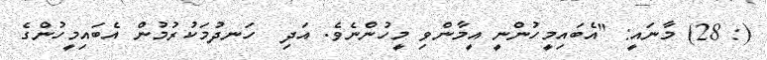
(: 28) މާނައީ: "އެބައިމީހުންނީ އީމާންވި މީހުންނެވެ. އަދި  ހަނދުމަކުރުމުން އެބައިމީހުންގެ